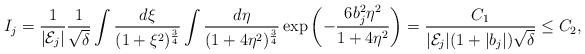
LaTeX: \begin{align*}I_j=\frac{1}{|{\mathcal E}_j|}\frac{1}{\sqrt{\delta}} \int \frac{d\xi}{(1+\xi^2)^\frac{3}{4}} \int \frac{d\eta}{(1+4\eta^2)^\frac{3}{4}}\exp\left( - \frac{6b_j^2\eta^2}{1 + 4\eta^2}\right)= \frac{C_1}{|{\mathcal E}_j|(1+|b_j|)\sqrt{\delta}}\le C_2,\end{align*}